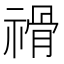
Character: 𥛔